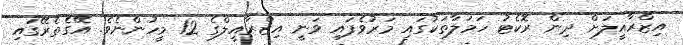
އިޒްރާއީލަށް ދިން ރޮކެޓު ހަމަލާތަކުގައި މަރުވެފައި ވަނީ އިޒްރާއީލްގެ 12 މީހުންނެވެ. އޭގެތެރޭގައި